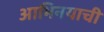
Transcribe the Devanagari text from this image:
आभिनयाची